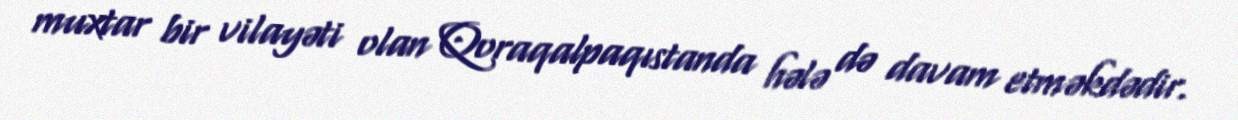
muxtar bir vilayəti olan Qoraqalpaqıstanda hələ də davam etməkdədir.